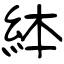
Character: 絊